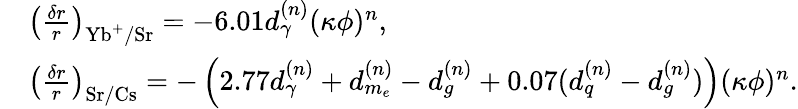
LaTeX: \begin{array}{rl}&{\left(\frac{\delta r}{r}\right)_{\mathrm{Yb}^{+}/\mathrm{Sr}}=-6.01d_{\gamma}^{(n)}(\kappa\phi)^{n},}\\ &{\left(\frac{\delta r}{r}\right)_{\mathrm{Sr}/\mathrm{Cs}}=-\left(2.77d_{\gamma}^{(n)}+d_{m_{e}}^{(n)}-d_{g}^{(n)}+0.07(d_{q}^{(n)}-d_{g}^{(n)})\right)(\kappa\phi)^{n}.}\end{array}